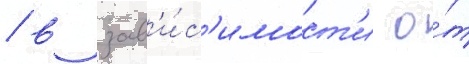
/ в зав'и́с'имост'и о́т